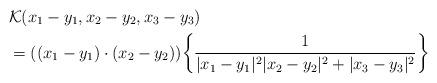
LaTeX: \begin{align*}&\mathcal K(x_1-y_1, x_2-y_2, x_3-y_3) \\&= ((x_1-y_1) \cdot(x_2-y_2)) \bigg\{\frac{1}{|x_1-y_1|^{2} |x_2-y_2|^{2}+|x_3-y_3|^2}\bigg\} \end{align*}